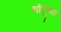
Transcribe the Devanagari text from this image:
भोंदूंच्या